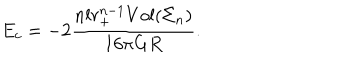
LaTeX: E _ { c } = - 2 \frac { n l r _ { + } ^ { n - 1 } V o l ( \Sigma _ { n } ) } { 1 6 \pi G R } .